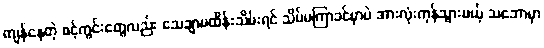
ကျန်နေတဲ့ စင့်ကွင်းတွေလည်း သေချာမထိန်းသိမ်းရင် သိပ်မကြာခင်မှာပဲ အားလုံးကုန်သွားမယ့် သဘောမှာ